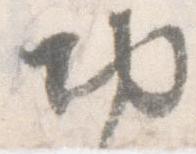
切